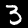
Digit: 3